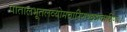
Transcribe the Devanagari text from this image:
पातालभूतलव्योमचारिणश्छद्मचारिणः।